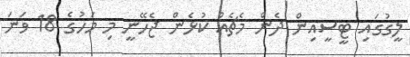
ލީގުގައި ޓީސީއިން ދެން މެޗެއް ކުޅެން ޖެހޭނީ މި މަހުގެ 18 ވަނަ